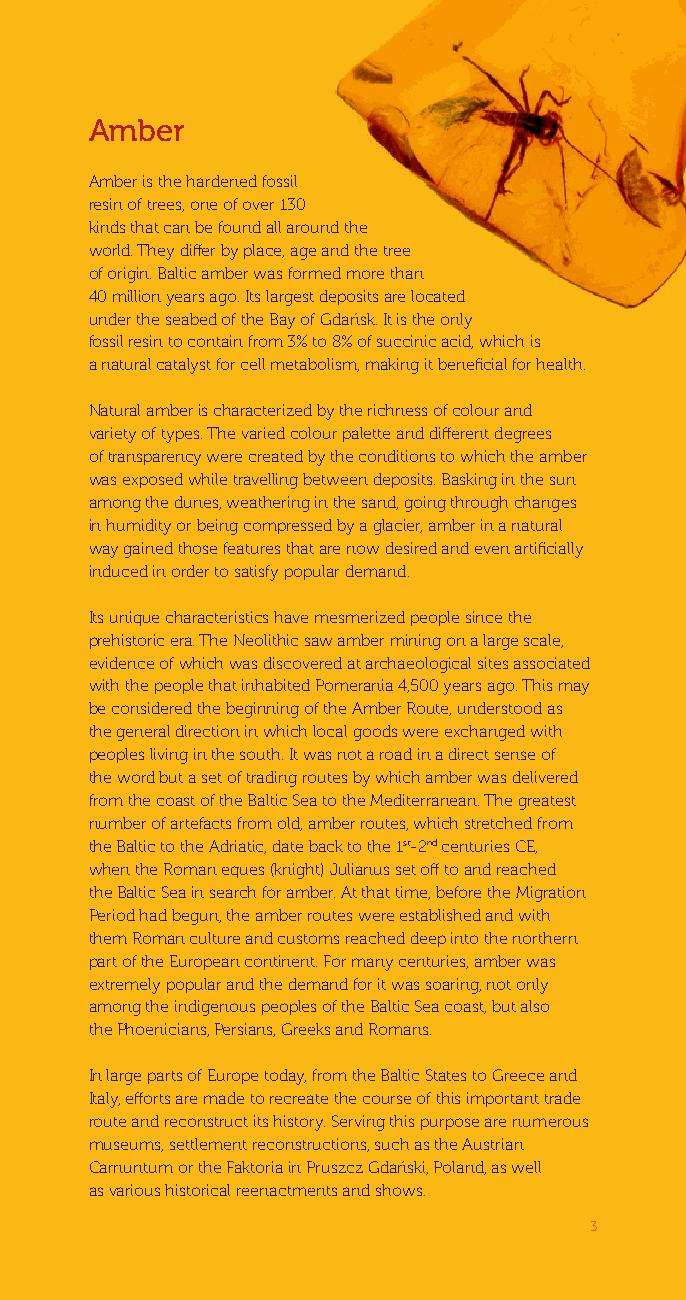
Amber
 Amber is the hardened fossil
 resin of trees, one of over 130
 kinds that can be found all around the
 world. They differ by place, age and the tree
 of origin. Baltic amber was formed more than
 40 million years ago. Its largest deposits are located
 under the seabed of the Bay of Gdańsk. It is the only
 fossil resin to contain from 3% to 8% of succinic acid, which is
 a natural catalyst for cell metabolism, making it beneficial for health.
 Natural amber is characterized by the richness of colour and
 variety of types. The varied colour palette and different degrees
 of transparency were created by the conditions to which the amber
 was exposed while travelling between deposits. Basking in the sun
 among the dunes, weathering in the sand, going through changes
 in humidity or being compressed by a glacier, amber in a natural
 way gained those features that are now desired and even artificially
 induced in order to satisfy popular demand.
 Its unique characteristics have mesmerized people since the
 prehistoric era. The Neolithic saw amber mining on a large scale,
 evidence of which was discovered at archaeological sites associated
 with the people that inhabited Pomerania 4,500 years ago. This may
 be considered the beginning of the Amber Route, understood as
 the general direction in which local goods were exchanged with
 peoples living in the south. It was not a road in a direct sense of
 the word but a set of trading routes by which amber was delivered
 from the coast of the Baltic Sea to the Mediterranean. The greatest
 number of artefacts from old, amber routes, which stretched from
 the Baltic to the Adriatic, date back to the 1st-2nd centuries CE,
 when the Roman eques (knight) Julianus set off to and reached
 the Baltic Sea in search for amber. At that time, before the Migration
 Period had begun, the amber routes were established and with
 them Roman culture and customs reached deep into the northern
 part of the European continent. For many centuries, amber was
 extremely popular and the demand for it was soaring, not only
 among the indigenous peoples of the Baltic Sea coast, but also
 the Phoenicians, Persians, Greeks and Romans.
 In large parts of Europe today, from the Baltic States to Greece and
 Italy, efforts are made to recreate the course of this important trade
 route and reconstruct its history. Serving this purpose are numerous
 museums, settlement reconstructions, such as the Austrian
 Carnuntum or the Faktoria in Pruszcz Gdański, Poland, as well
 as various historical reenactments and shows.
 33